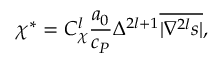
\chi ^ { * } = { C } _ { \chi } ^ { l } \frac { a _ { 0 } } { c _ { P } } \Delta ^ { 2 l + 1 } \overline { { | \nabla ^ { 2 l } s | } } ,